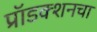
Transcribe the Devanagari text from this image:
प्रॉडक्शनचा